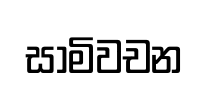
සාමිවචන